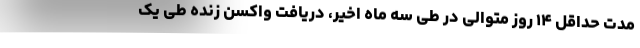
مدت حداقل ۱۴ روز متوالی در طی سه ماه اخیر، دریافت واکسن زنده طی یک